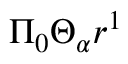
\Pi _ { 0 } \Theta _ { \alpha } r ^ { 1 }